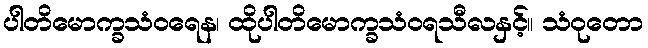
ပါတိမောက္ခသံဝရေန၊ ထိုပါတိမောက္ခသံဝရသီလနှင့်။ သံဝုတော